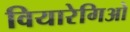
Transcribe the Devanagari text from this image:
वियारेगिओ